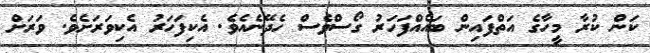
ކަން ކުރާ މީހާގެ އަތްފައިން ބައެއްފަހަރު ގޯސްވެސް ހެދޭނެއެވެ. އެކިފަހަރު އެކިވަރަށެވެ. ވަރަށް